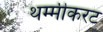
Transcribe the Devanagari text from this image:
थम्मीकरट